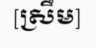
[ស្រឹម]